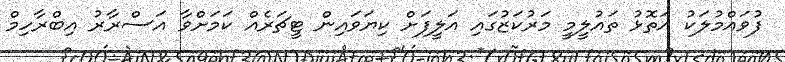
ފުވައްމުލަކު އަތޮޅު ތައުލީމީ މަރުކަޒުގައި އަލީފަށް ކިޔަވައިިން ޓީޗަރެއް ކަމަށްވާ އަސްރާރު އިބްރާހިމް